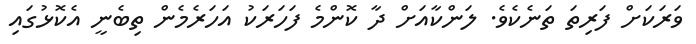
ވަރަކަށް ފަރިތަ ތަނެކެވެ. ލަންކާއަށް ދާ ކޮންމެ ފަހަރަކު އަހަރެމެން ތިބެނީ އެކޮޅުގައި